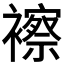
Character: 𧞍